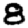
Digit: 8